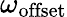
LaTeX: \omega_{\mathrm{offset}}